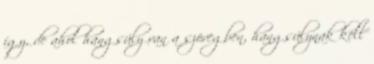
így, de ahol hangsúly van a szövegben, hangsúlynak kell